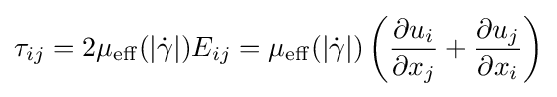
\tau _{ij}=2\mu _{\operatorname {eff} }(|{\dot {\gamma }}|)E_{ij}=\mu _{\operatorname {eff} }(|{\dot {\gamma }}|)\left({\frac {\partial u_{i}}{\partial x_{j}}}+{\frac {\partial u_{j}}{\partial x_{i}}}\right)